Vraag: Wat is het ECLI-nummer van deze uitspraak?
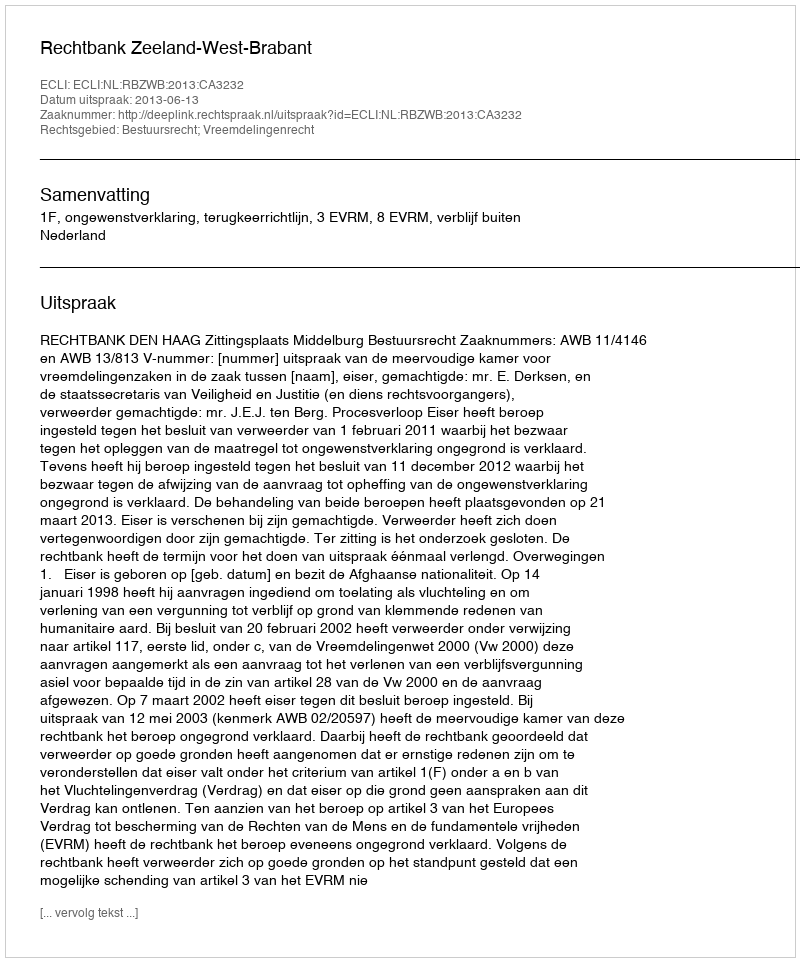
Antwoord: ECLI:NL:RBZWB:2013:CA3232